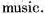
music.